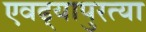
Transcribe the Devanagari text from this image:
एवढ्यापुरत्या